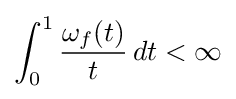
\int _{0}^{1}{\frac {\omega _{f}(t)}{t}}\,dt<\infty